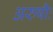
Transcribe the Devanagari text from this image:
अरुषीः